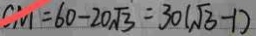
C M = 6 0 - 2 0 \sqrt { 3 } = 3 0 ( \sqrt { 3 } - 1 )